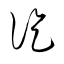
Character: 訖